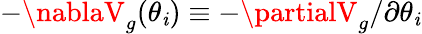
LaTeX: -\nablaV_{g}(\theta_{\mathit{i}})\equiv-\partialV_{g}/\partial\theta_{\mathit{i}}